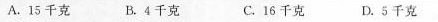
A.15千克B.4千克 C.16千克D.5千克